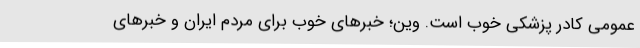
عمومی کادر پزشکی خوب است. وین؛ خبرهای خوب برای مردم ایران و خبرهای